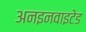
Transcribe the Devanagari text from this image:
अनइनवाइटेड